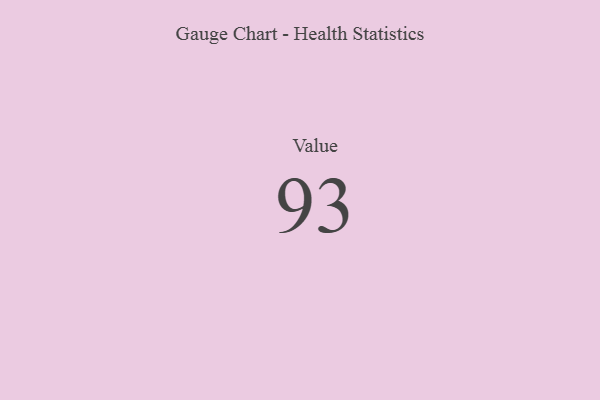
{"axis": {"x": "Metric", "y": "Value"}, "legend": [""], "data": [{"x": "Value", "y": 93, "type": ""}]}